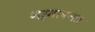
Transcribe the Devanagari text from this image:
शर्मावनत